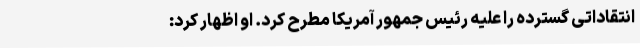
انتقاداتی گسترده را علیه رئیس جمهور آمریکا مطرح کرد. او اظهار کرد: